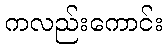
ကလည်းကောင်း